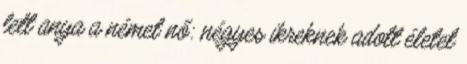
lett anya a német nő: négyes ikreknek adott életet